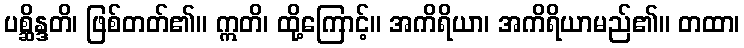
ပစ္ဆိန္ဒတိ၊ ဖြစ်တတ်၏။ ဣတိ၊ ထို့ကြောင့်။ အကိရိယာ၊ အကိရိယာမည်၏။ တထာ၊